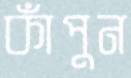
কাঁপুন